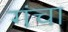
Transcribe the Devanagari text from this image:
गंचा